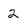
Character: 2